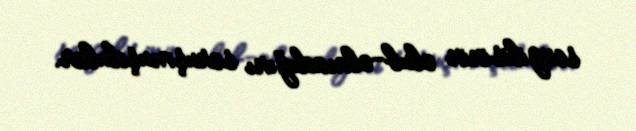
sevgilisinin olub-olmadığını soruşmuşdular.